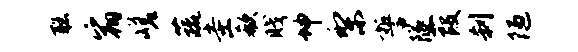
聪宿嵯蔬圭欷贱坤梨誓隧葭刹陋